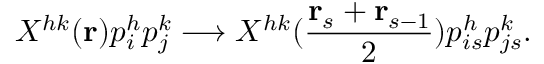
X ^ { h k } ( { \bf r } ) p _ { i } ^ { h } p _ { j } ^ { k } \longrightarrow X ^ { h k } ( { \frac { { \bf r } _ { s } + { \bf r } _ { s - 1 } } { 2 } } ) p _ { i s } ^ { h } p _ { j s } ^ { k } .